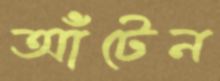
আঁটেন